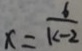
x = \frac { 6 } { k - 2 }